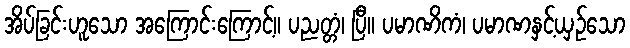
အိပ်ခြင်းဟူသော အကြောင်းကြောင့်။ ပညတ္တံ၊ ပြီ။ ပမာဏိကံ၊ ပမာဏနှင့်ယှဉ်သော